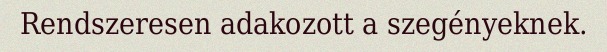
Rendszeresen adakozott a szegényeknek.